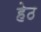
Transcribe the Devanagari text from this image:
हेठ